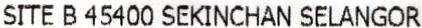
SITE B 45400 SEKINCHAN SELANGOR